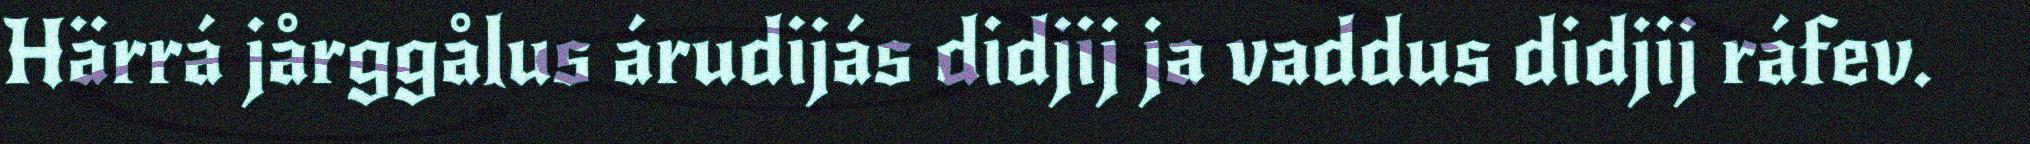
Härrá jårggålus árudijás didjij ja vaddus didjij ráfev.